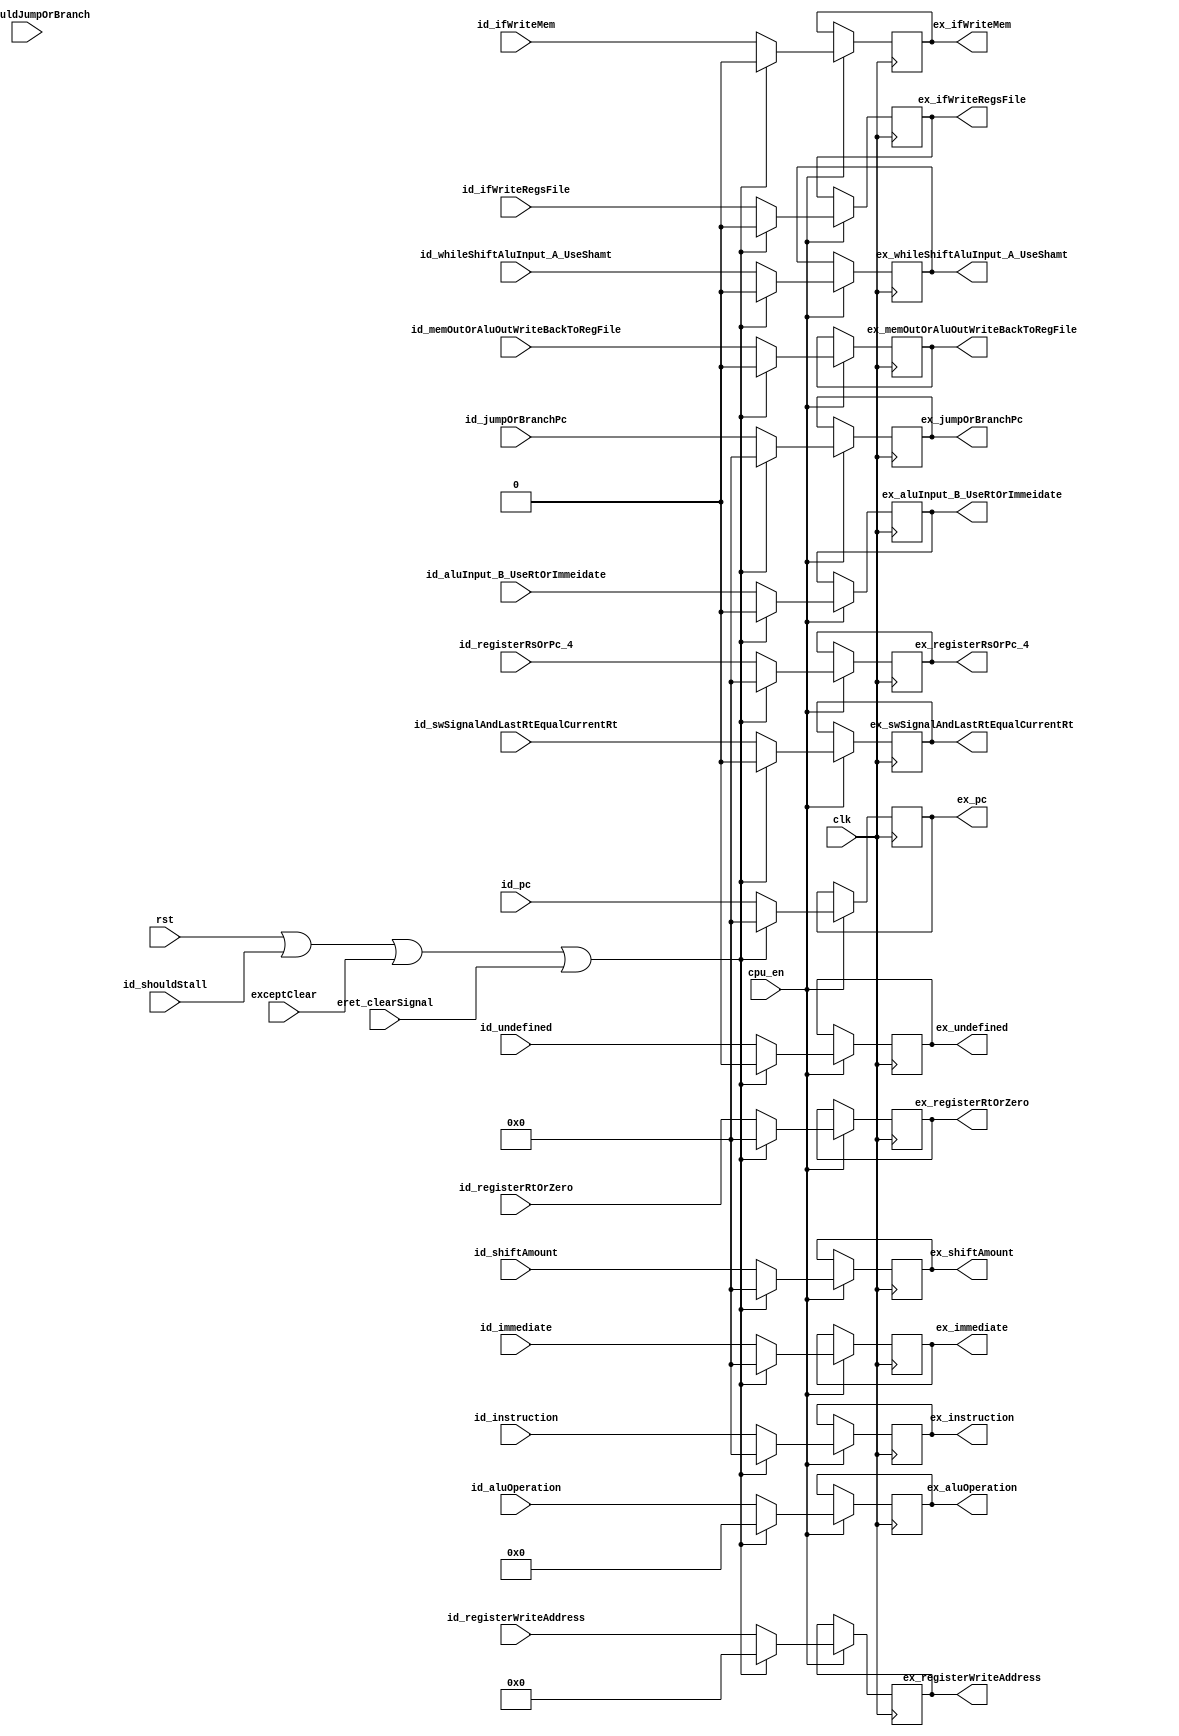
`timescale 1ns / 1ps

module IdExRegisters (
    input exceptClear,
    input eret_clearSignal,
    input clk,
    input rst,
    input cpu_en,
    input [31:0]id_instruction,
    input [31:0]id_pc,
    input id_shouldStall,
    input [31:0] id_shiftAmount,
    input [31:0] id_immediate,
    input [31:0] id_registerRsOrPc_4,
    input [31:0] id_registerRtOrZero,
    input [3:0] id_aluOperation,
    input [4:0] id_registerWriteAddress,
    input id_ifWriteRegsFile,
    input id_ifWriteMem,
    input id_whileShiftAluInput_A_UseShamt,
    input id_memOutOrAluOutWriteBackToRegFile,
    input id_aluInput_B_UseRtOrImmeidate,
    input id_shouldJumpOrBranch,
    input [31:0] id_jumpOrBranchPc,
    input id_swSignalAndLastRtEqualCurrentRt,
    input id_undefined, // cp0 use
    output reg [31:0] ex_instruction = 0,
    output reg [31:0] ex_pc = 0,
    output reg [31:0] ex_shiftAmount = 0,
    output reg [31:0] ex_immediate = 0,
    output reg [31:0] ex_registerRsOrPc_4 = 0,
    output reg [31:0] ex_registerRtOrZero = 0,
    output reg [3:0] ex_aluOperation = 0,
    output reg [4:0] ex_registerWriteAddress = 0,
    output reg ex_ifWriteRegsFile = 0,
    output reg ex_ifWriteMem = 0,
    output reg ex_whileShiftAluInput_A_UseShamt = 0,
    output reg ex_memOutOrAluOutWriteBackToRegFile = 0,
    output reg ex_aluInput_B_UseRtOrImmeidate = 0,
    output reg [31:0] ex_jumpOrBranchPc = 0,
    output reg ex_swSignalAndLastRtEqualCurrentRt = 0,
    output reg ex_undefined = 0 
);

	always @(posedge clk) begin
        if(cpu_en) begin
            if(rst || id_shouldStall || exceptClear || eret_clearSignal) begin
                ex_instruction <= 0;
                ex_pc <= 0;
                ex_shiftAmount <=0 ;
                ex_immediate <= 0;
                ex_registerRsOrPc_4 <= 0;
                ex_registerRtOrZero <= 0;
                ex_aluOperation <= 0;
                ex_registerWriteAddress <= 0;

                ex_ifWriteRegsFile <=0 ;
                ex_ifWriteMem <= 0;
                ex_whileShiftAluInput_A_UseShamt <= 0;
                ex_memOutOrAluOutWriteBackToRegFile <=0;
                ex_aluInput_B_UseRtOrImmeidate <= 0;
                ex_jumpOrBranchPc <= 0;
                ex_swSignalAndLastRtEqualCurrentRt <= 0;
                ex_undefined <= 0;
            end else begin
                ex_instruction <= id_instruction;
                ex_pc <= id_pc;
                ex_shiftAmount <= id_shiftAmount;
                ex_immediate <= id_immediate; 
                ex_registerRsOrPc_4 <= id_registerRsOrPc_4;
                ex_registerRtOrZero <= id_registerRtOrZero;
                ex_aluOperation <= id_aluOperation;
                ex_registerWriteAddress <= id_registerWriteAddress;

                ex_ifWriteRegsFile <= id_ifWriteRegsFile;
                ex_ifWriteMem <= id_ifWriteMem;
                ex_whileShiftAluInput_A_UseShamt <= id_whileShiftAluInput_A_UseShamt;
                ex_memOutOrAluOutWriteBackToRegFile <= id_memOutOrAluOutWriteBackToRegFile;
                ex_aluInput_B_UseRtOrImmeidate <= id_aluInput_B_UseRtOrImmeidate;
                ex_jumpOrBranchPc <= id_jumpOrBranchPc;
                ex_swSignalAndLastRtEqualCurrentRt <= id_swSignalAndLastRtEqualCurrentRt;
                ex_undefined <= id_undefined;
            end
        end else begin
            ex_instruction <= ex_instruction;
            ex_pc <= ex_pc;
            ex_shiftAmount <= ex_shiftAmount;
            ex_immediate <= ex_immediate; 
            ex_registerRsOrPc_4 <= ex_registerRsOrPc_4;
            ex_registerRtOrZero <= ex_registerRtOrZero;
            ex_aluOperation <= ex_aluOperation;
            ex_registerWriteAddress <= ex_registerWriteAddress;

            ex_ifWriteRegsFile <= ex_ifWriteRegsFile;
            ex_ifWriteMem <= ex_ifWriteMem;
            ex_whileShiftAluInput_A_UseShamt <= ex_whileShiftAluInput_A_UseShamt;
            ex_memOutOrAluOutWriteBackToRegFile <= ex_memOutOrAluOutWriteBackToRegFile;
            ex_aluInput_B_UseRtOrImmeidate <= ex_aluInput_B_UseRtOrImmeidate;
            ex_jumpOrBranchPc <= ex_jumpOrBranchPc;
            ex_swSignalAndLastRtEqualCurrentRt <= ex_swSignalAndLastRtEqualCurrentRt;
            ex_undefined <= ex_undefined;
        end

    end

endmodule